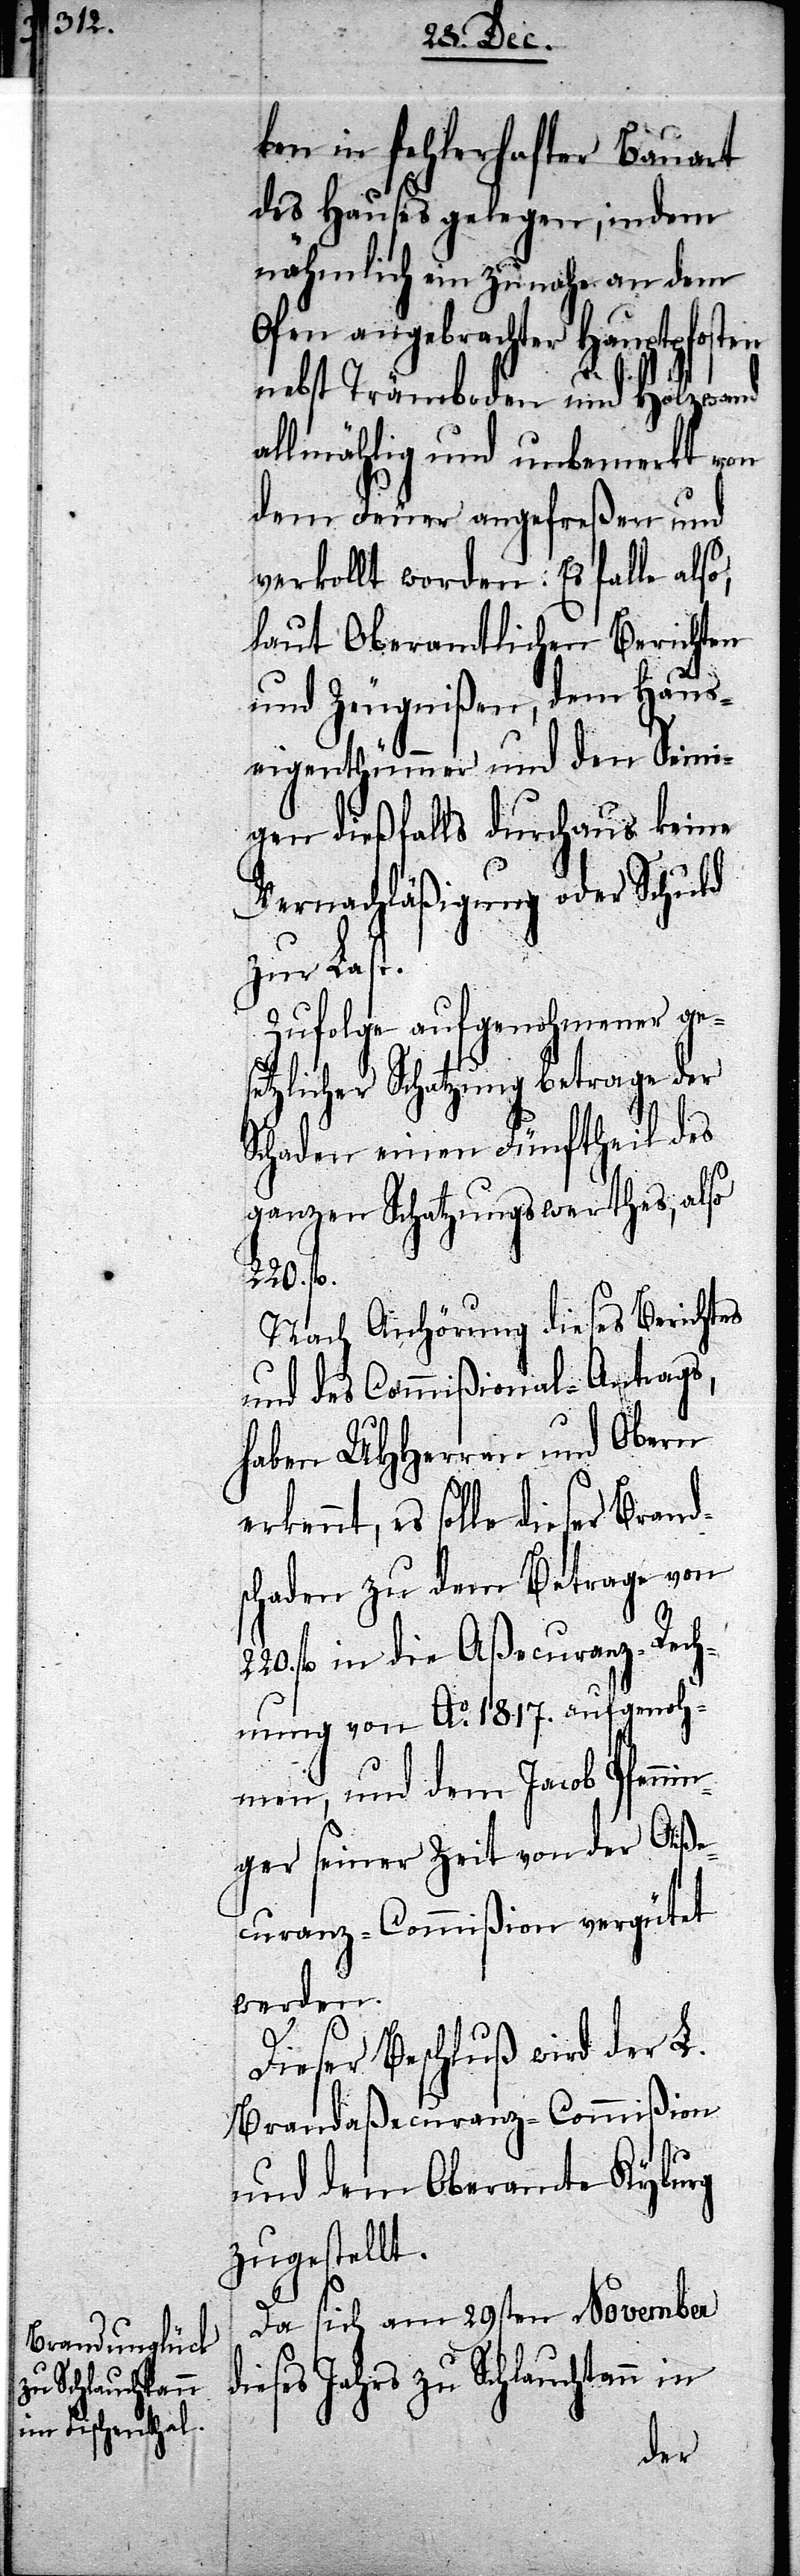
zu Schauchtann

ben in fehlerhafter Bauart
des Hauses gelegen, indem
nähmlich ein zu nahe an dem
Ofen angebrachter Hauptposten
nebst Trämboden und Holzwand
allmählig und unbemerkt von
dem Feuer angefreßen und
verkollt worden. Es falle also,
laut Oberamtlichen Berichten
und Zeugnißen, dem Haus¬
eigenthümmer und den Seini¬
gen dießfalls durchaus keine
Vernachläßigung oder Schuld
zur Last.
Zufolge aufgenohmener ges¬
etzlicher Schatzung betrage der
Schaden einen Fünftheil des
ganzen Schatzungswerthes, also
220. fl.
Nach Anhörung dieses Berichtes
und des Commißional-Antrags,
haben UHHerren und Obern
erkennt, es solle dieser Brand¬
schaden zu dem Betrage von
fl. in die Aßecuranz-Rech¬
nung von Ao. 1817. aufgenoh¬
men, und dem Jacob Pfenn¬
inger seiner Zeit von der Aße¬
curanz-Commißion vergütet
werden.
Dieser Beschluß wird der L.
Brandaßecuranz-Commißion
und dem Oberamte Kyburg
zugestellt.
Da sich am 29sten November